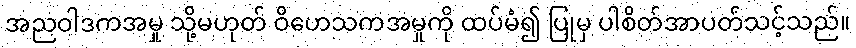
အညဝါဒကအမှု သို့မဟုတ် ဝိဟေသကအမှုကို ထပ်မံ၍ ပြုမှ ပါစိတ်အာပတ်သင့်သည်။